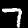
Digit: 7